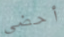
أحضى